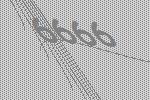
6666